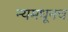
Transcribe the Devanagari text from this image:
न्यमधूनच